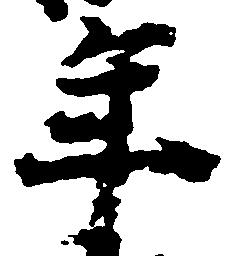
年